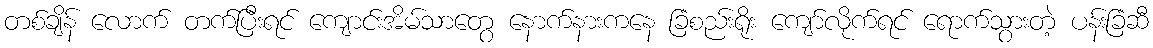
တစ်ချိန် လောက် တက်ပြီးရင် ကျောင်းအိမ်သာတွေ နောက်နားကနေ ခြံစည်းရိုး ကျော်လိုက်ရင် ရောက်သွားတဲ့ ပန်းခြံဆီ